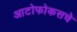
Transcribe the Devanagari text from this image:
आटोफोकसचे